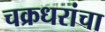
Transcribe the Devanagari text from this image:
चक्रधरांचा